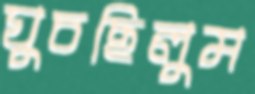
ঘুচছিলুম